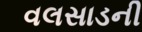
વલસાડની